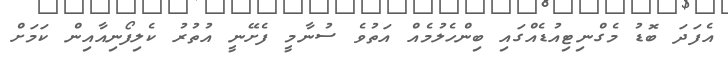
އެފަދަ ބޮޑު މެގްނިޓިއުޑެއްގައި ބިންހެލުމެއް އަތުވެ ސުނާމީ ފެށޭނީ އުތުރު ކެލިފޯނިއާއިން ކަމަށް